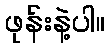
ဖုန်းနဲ့ပါ။